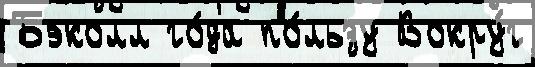
Бэколл го́да по́льзу Вокру́г